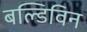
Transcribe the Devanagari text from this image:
बल्डिविन